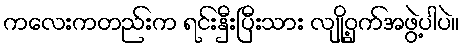
ကလေးကတည်းက ရင်းနှီးပြီးသား လျို့ဝှက်အဖွဲ့ပါပဲ။